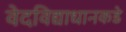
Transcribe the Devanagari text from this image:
वेदविद्याधानकडे